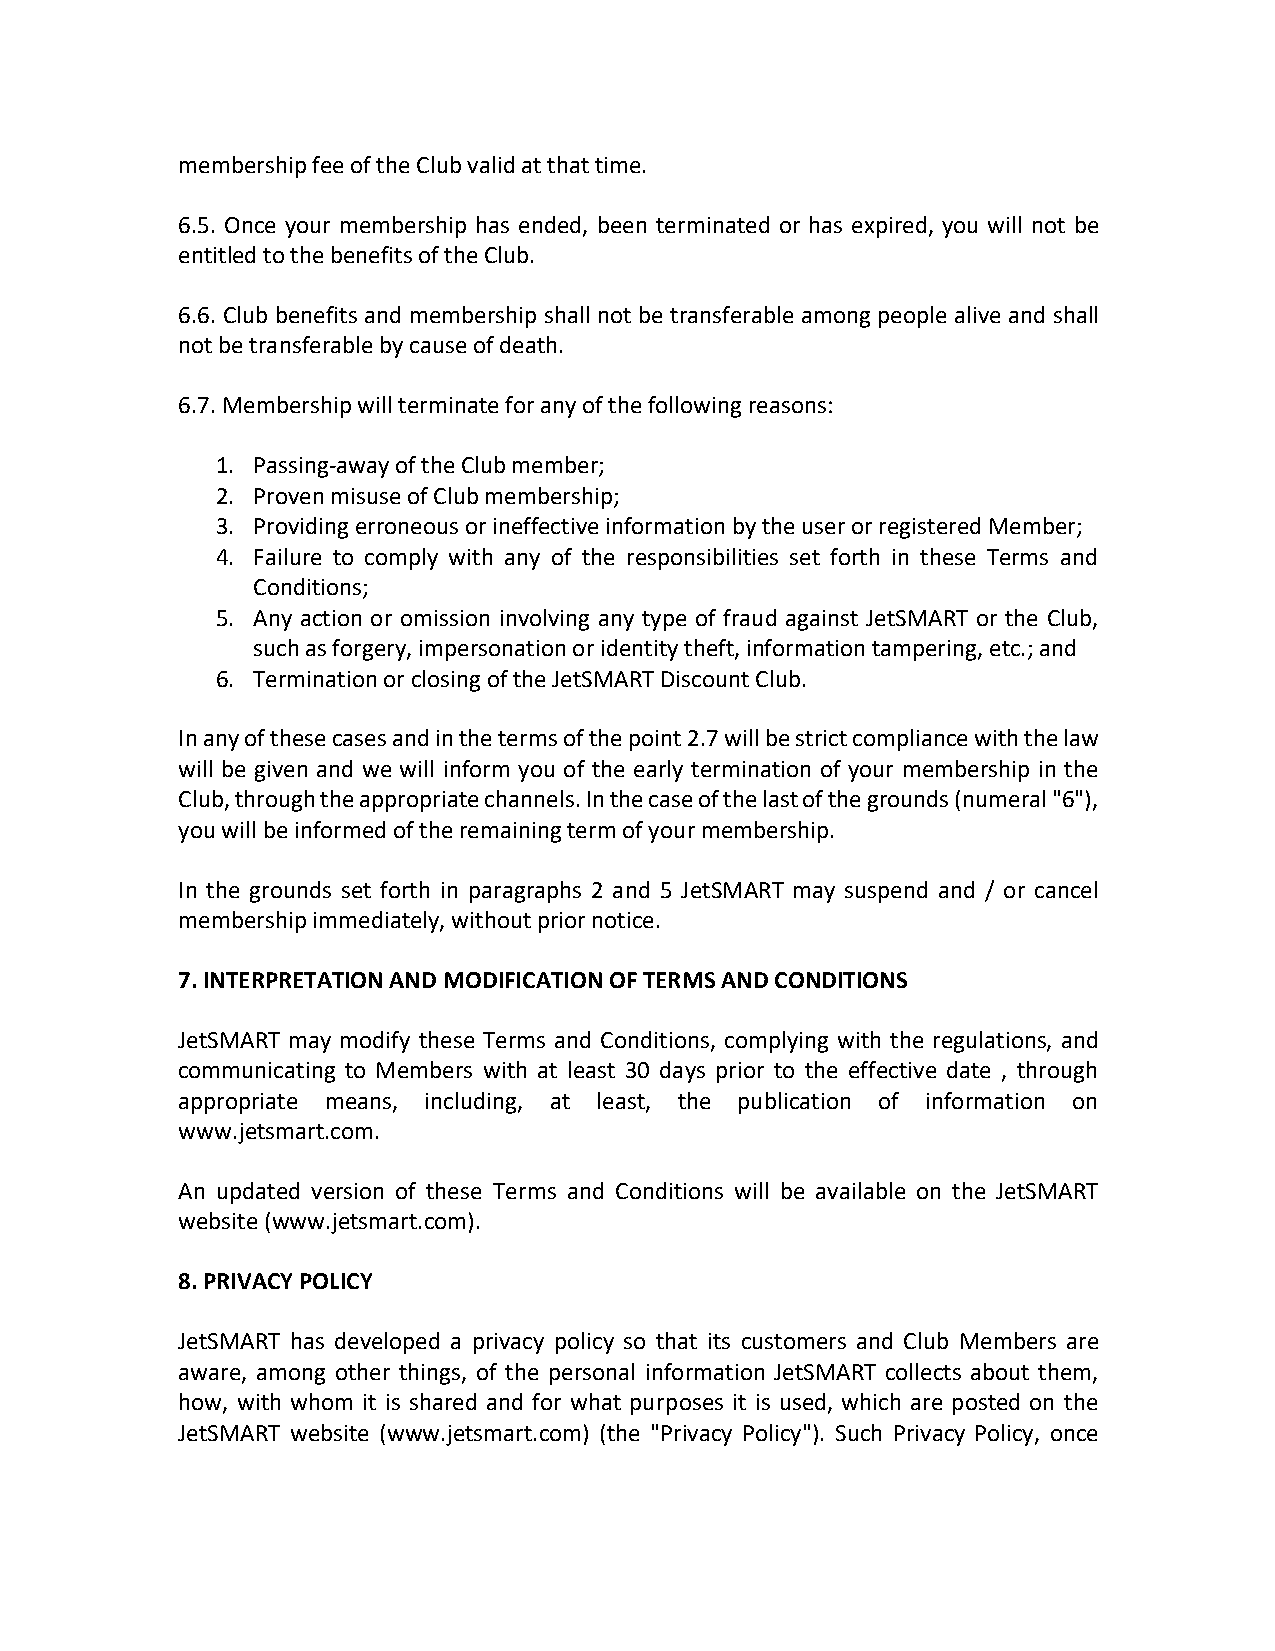
membership fee of the Club valid at that time.
 6.5. Once your membership has ended, been terminated or has expired, you will not be
 entitled to the benefits of the Club.
 6.6. Club benefits and membership shall not be transferable among people alive and shall
 not be transferable by cause of death.
 6.7. Membership will terminate for any of the following reasons:
 1. Passing-away of the Club member;
 2. Proven misuse of Club membership;
 3. Providing erroneous or ineffective information by the user or registered Member;
 4. Failure to comply with any of the responsibilities set forth in these Terms and
 Conditions;
 5. Any action or omission involving any type of fraud against JetSMART or the Club,
 such as forgery, impersonation or identity theft, information tampering, etc.; and
 6. Termination or closing of the JetSMART Discount Club.
 In any of these cases and in the terms of the point 2.7 will be strict compliance with the law
 will be given and we will inform you of the early termination of your membership in the
 Club, through the appropriate channels. In the case of the last of the grounds (numeral "6"),
 you will be informed of the remaining term of your membership.
 In the grounds set forth in paragraphs 2 and 5 JetSMART may suspend and / or cancel
 membership immediately, without prior notice.
 7. INTERPRETATION AND MODIFICATION OF TERMS AND CONDITIONS
 JetSMART may modify these Terms and Conditions, complying with the regulations, and
 communicating to Members with at least 30 days prior to the effective date , through
 appropriate means, including, at least, the publication of information on
 www.jetsmart.com.
 An updated version of these Terms and Conditions will be available on the JetSMART
 website (www.jetsmart.com).
 8. PRIVACY POLICY
 JetSMART has developed a privacy policy so that its customers and Club Members are
 aware, among other things, of the personal information JetSMART collects about them,
 how, with whom it is shared and for what purposes it is used, which are posted on the
 JetSMART website (www.jetsmart.com) (the "Privacy Policy"). Such Privacy Policy, once